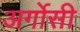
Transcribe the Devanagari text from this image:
अर्गोसी